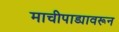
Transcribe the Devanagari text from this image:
माचीपाड्यावरून